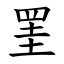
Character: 罣